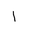
Letter: _alif